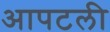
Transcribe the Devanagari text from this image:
आपटली